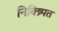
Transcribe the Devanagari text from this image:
निक्ष्र्पित